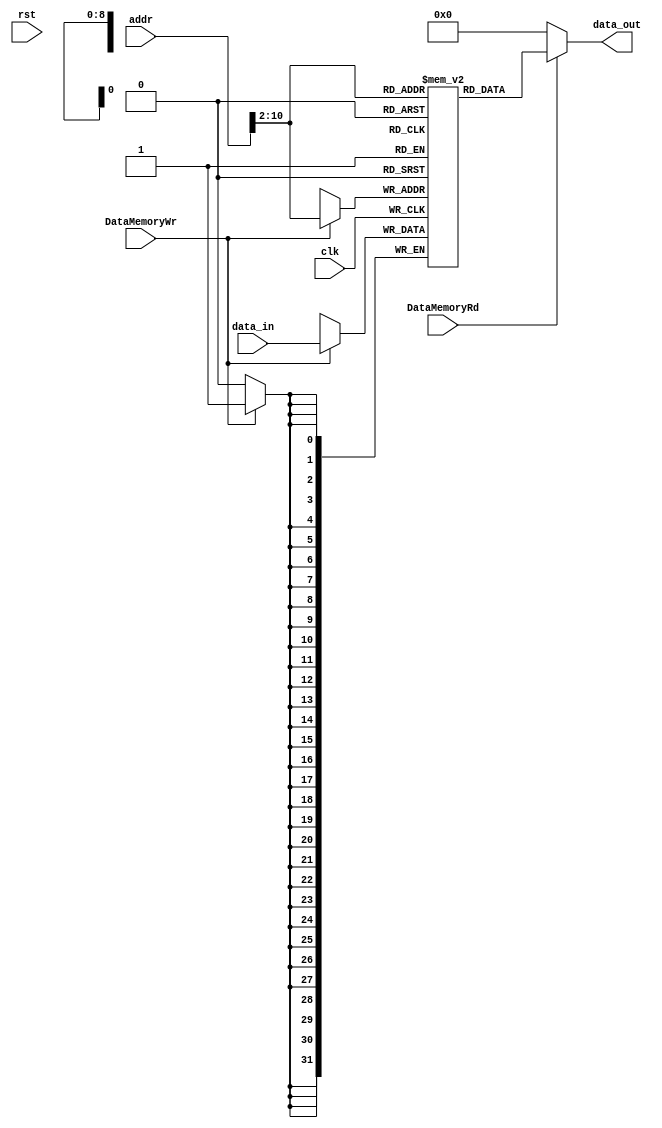
`timescale 1ns/1ps

module DataMemory (
    input clk,
    input rst,
    input [31: 0] addr,
    input [31: 0] data_in,
    output [31: 0] data_out,
    input DataMemoryWr,
    input DataMemoryRd
);
    parameter DataMemorySize = 512;
    reg [31: 0] DataMemoryData [DataMemorySize - 1 : 0];
    assign data_out = DataMemoryRd ? DataMemoryData[addr[10:2]] : 32'h0;
    always @(posedge clk) begin

            if (DataMemoryWr) begin
                DataMemoryData[addr[10:2]] <= data_in;
            end

    end
endmodule